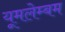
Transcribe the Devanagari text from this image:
यूमलेम्बम